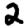
Digit: 2